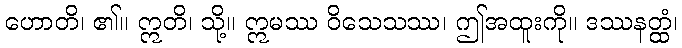
ဟောတိ၊ ၏။ ဣတိ၊ သို့။ ဣမဿ ဝိသေသဿ၊ ဤအထူးကို။ ဒဿနတ္ထံ၊